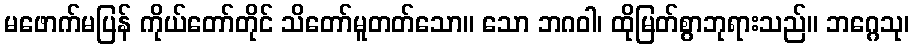
မဖောက်မပြန် ကိုယ်တော်တိုင် သိတော်မူတတ်သော။ သော ဘဂဝါ၊ ထိုမြတ်စွာဘုရားသည်။ ဘဂ္ဂေသု၊